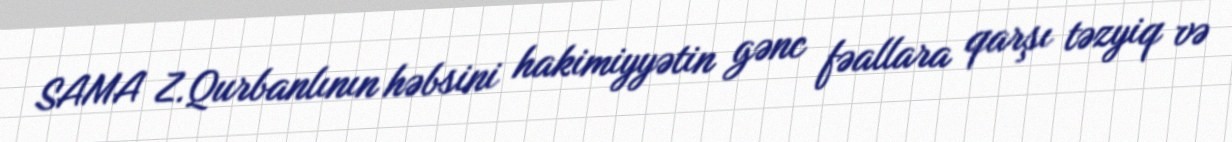
SAMA Z.Qurbanlının həbsini hakimiyyətin gənc fəallara qarşı təzyiq və